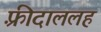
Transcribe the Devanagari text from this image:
फ़्रीदाललह